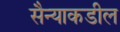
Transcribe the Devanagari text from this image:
सैन्याकडील